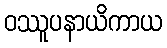
ဝဿူပနာယိကာယ